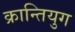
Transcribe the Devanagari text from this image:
क्रान्तियुग